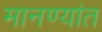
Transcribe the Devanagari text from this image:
मानण्यांत